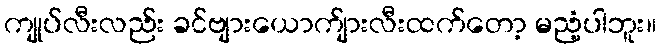
ကျုပ်လီးလည်း ခင်ဗျားယောက်ျားလီးထက်တော့ မညံ့ပါဘူး။